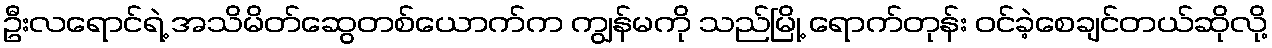
ဦးလရောင်ရဲ့ အသိမိတ်ဆွေတစ်ယောက်က ကျွန်မကို သည်မြို့ ရောက်တုန်း ဝင်ခဲ့စေချင်တယ်ဆိုလို့